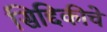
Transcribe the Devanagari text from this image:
सिद्दिकीचे